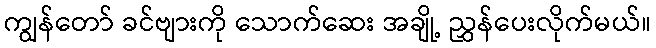
ကျွန်တော် ခင်ဗျားကို သောက်ဆေး အချို့ ညွှန်ပေးလိုက်မယ်။